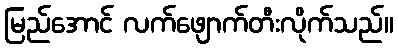
မြည်အောင် လက်ဖျောက်တီးလိုက်သည်။